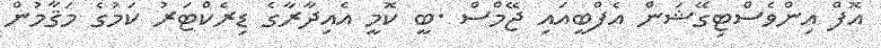
އޮފް އިންވެސްޓިގޭޝަން އެފްބީއައި ޖޭމްސް .ބީ ކޮމީ އެއިދާރާގެ ޑިރެކްޓަރު ކަމުގެ މަޤާމުން